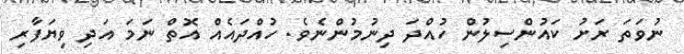
ނުވަތަ ރަށު ކައުންސިލުން ހުއްދަ ދިނުމުންނެވެ. ހުއްދައެއް އޮތް ނަމަ އަދި ވިޔަފާރި